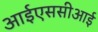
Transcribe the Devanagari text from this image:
आईएससीआई